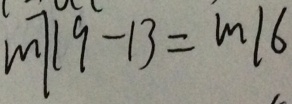
m 7 1 9 - 1 3 = m 1 6